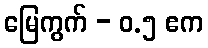
မြေကွက် - ၀.၅ ဧက